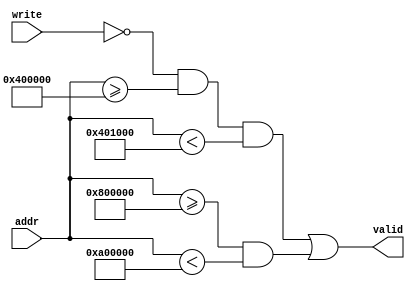
// pma checker
module pmacheck(
  input [31:6] addr,
  input        write,
  output       valid);

  localparam
    ROM_BASE = 32'h10000000/64,
    ROM_SIZE = (256*1024)/64,
    RAM_BASE = 32'h20000000/64,
    RAM_SIZE = (128*1024*1024)/64;

  /*verilator lint_off WIDTH*/
  wire rom_valid, ram_valid;
  assign rom_valid = ~write & (addr >= ROM_BASE) & (addr < ROM_BASE+ROM_SIZE);
  assign ram_valid = (addr >= RAM_BASE) & (addr < RAM_BASE+RAM_SIZE);
  /*verilator lint_on WIDTH*/

  assign valid = rom_valid | ram_valid;

endmodule